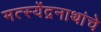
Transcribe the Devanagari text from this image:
मत्स्येंद्रनाथांचे